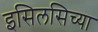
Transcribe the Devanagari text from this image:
इसिलसिच्या